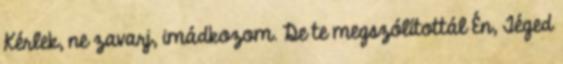
Kérlek, ne zavarj, imádkozom. De te megszólítottál Én, Téged